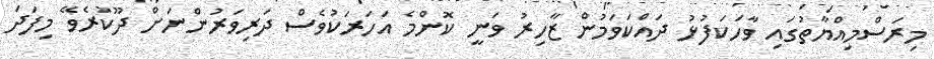
މިރަސްމިއްޔާތުގައި ވާހަކަފުޅު ދައްކަވަމުން ޒާހިރު ވަނީ ކޮންމެ އަހަރަކުވެސް ދަރިވަރުންނަށް ދޫކުރެވޭ މިފަދަ